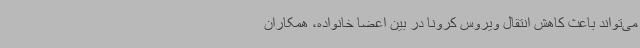
می‌تواند باعث کاهش انتقال ویروس کرونا در بین اعضا خانواده، همکاران